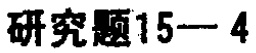
研究题15—4